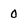
Character: 0